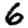
Digit: 6